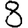
Digit: 8